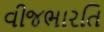
વીજભારતિ